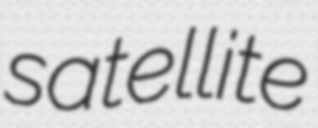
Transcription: satellite